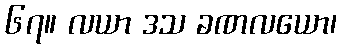
၆၇။ လယာ ဒသ ခဏလယော၊